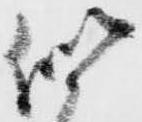
似